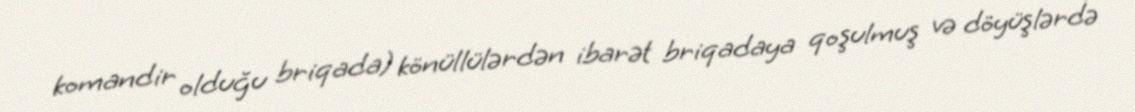
komandir olduğu briqada) könüllülərdən ibarət briqadaya qoşulmuş və döyüşlərdə